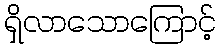
ရှိလာသောကြောင့်